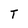
Character: T